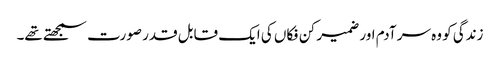
زندگی کو وہ سر آدم اور ضمیر کن فکاں کی ایک قابل قدر صورت سمجھتے تھے۔